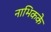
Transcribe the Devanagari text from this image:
नाभिकके